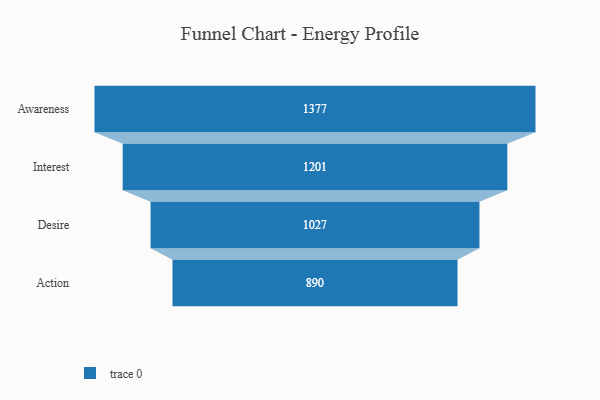
{"axis": {"x": "Stage", "y": "Value"}, "legend": [""], "data": [{"x": "Awareness", "y": 1377.0, "type": ""}, {"x": "Interest", "y": 1201.0, "type": ""}, {"x": "Desire", "y": 1027.0, "type": ""}, {"x": "Action", "y": 890.0, "type": ""}]}